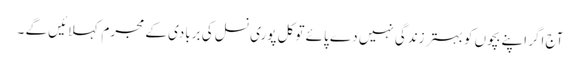
آج اگر اپنے بچوں کو بہتر زندگی نہیں دے پائے تو کل پوری نسل کی بربادی کے مجرم کہلائیں گے ۔